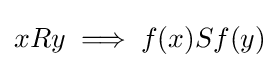
xRy\implies f(x)Sf(y)